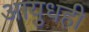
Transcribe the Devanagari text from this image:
आयुधही